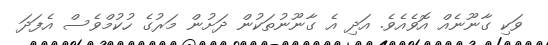
ވަކި ގާނޫނެއް އޮވެއެވެ. އަދި އެ ގާނޫނުތަކުން ދަށުން މަރުގެ ހުކުމްވެސް އެފަދަ